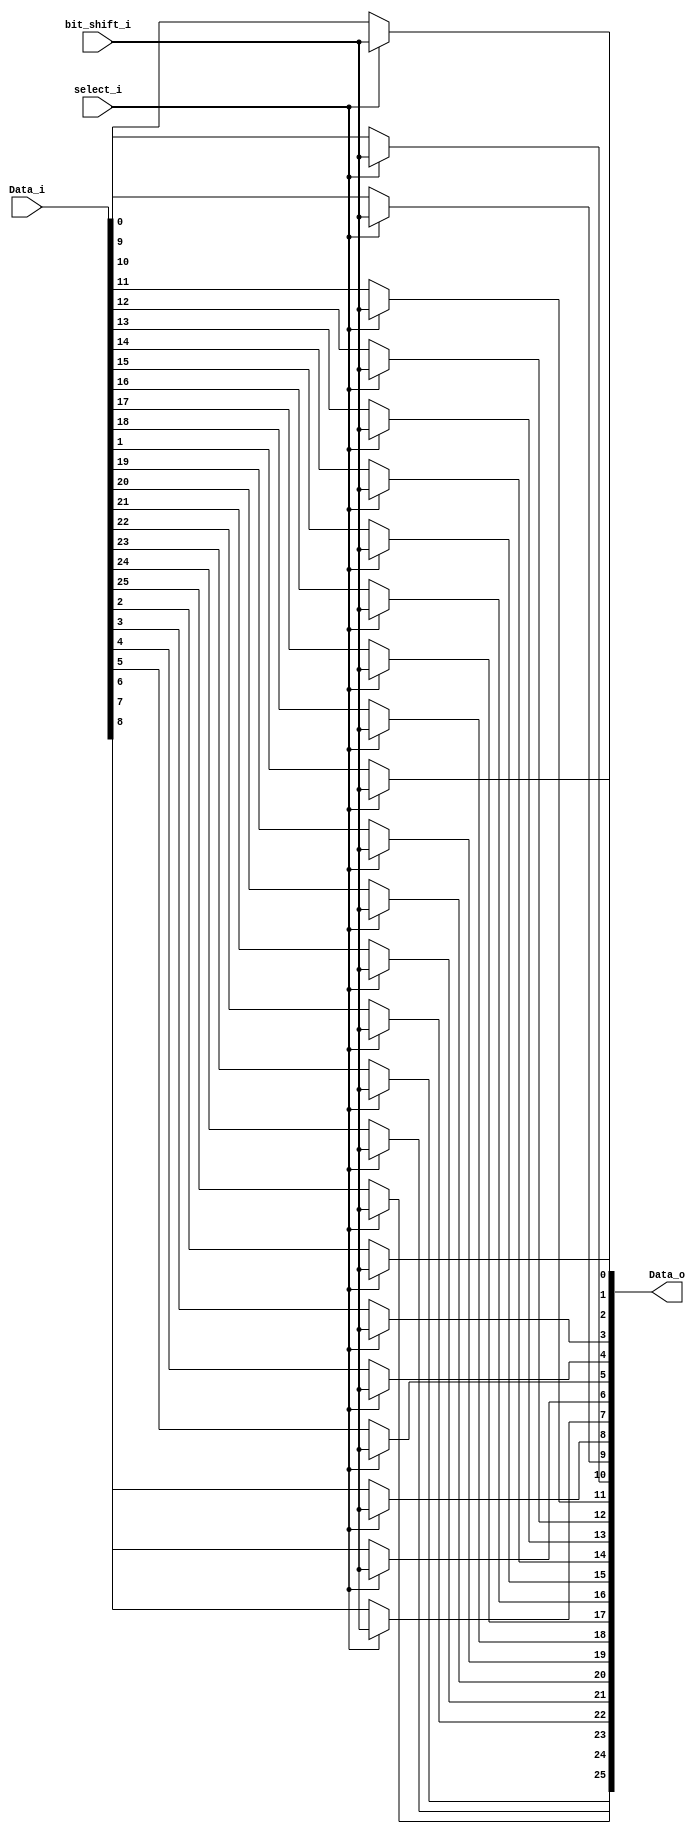
module shift_mux_array_4
	#(parameter SWR=26, parameter LEVEL=5)
    (
    input wire [SWR-1:0] Data_i,
    input wire select_i,
    input wire bit_shift_i,
    output wire [SWR-1:0] Data_o
    );
genvar j;
localparam integer lvl = 2**(LEVEL);
localparam integer x = (SWR - 1);
generate for (j=0;j<=SWR-1;j=j+1) begin : MUX_ODDNORM
	case ((lvl+j)>(x))
		1'b1: begin :BSHITMUX
			assign Data_o[j] = (select_i) ? bit_shift_i : Data_i[j];
			end
		1'b0: begin : FSHITMUX
			assign Data_o[j] = (select_i) ? Data_i[lvl+j] : Data_i[j];
			end
		endcase
	end
endgenerate
endmodule